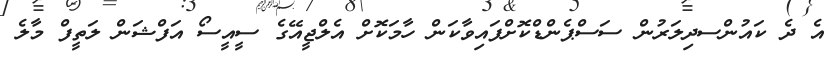
އެ ދެ ކައުންސދިލަރުން ސަސްޕެންޑްކޮށްފައިވާކަން ހާމަކޮށް އެލްޖީއޭގެ ސީއީސޯ އަފްޝަން ލަތީފް މާލެ